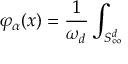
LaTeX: \varphi _ { \alpha } ( x ) = \frac { 1 } { \omega _ { d } } \int _ { S _ { \infty } ^ { d } }